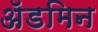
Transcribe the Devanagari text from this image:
ॲडमिन